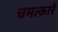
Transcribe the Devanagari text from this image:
चमत्कारें